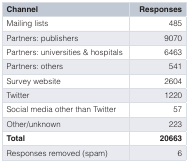
<table><thead><tr><td><b>Channel</b></td><td><b>Responses</b></td></tr></thead><tbody><tr><td>Mailing lists</td><td>485</td></tr><tr><td>Partners: publishers</td><td>9070</td></tr><tr><td>Partners: universities &amp; hospitals</td><td>6463</td></tr><tr><td>Partners: others</td><td>541</td></tr><tr><td>Survey website</td><td>2604</td></tr><tr><td>Twitter</td><td>1220</td></tr><tr><td>Social media other than Twitter</td><td>57</td></tr><tr><td>Other / unknown</td><td>223</td></tr><tr><td><b>Total</b></td><td><b>20663</b></td></tr><tr><td>Responses removed (spam)</td><td>6</td></tr></tbody></table>